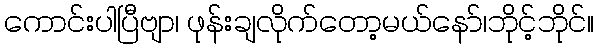
ကောင်းပါပြီဗျာ၊ ဖုန်းချလိုက်တော့မယ်နော်၊ဘိုင့်ဘိုင်။